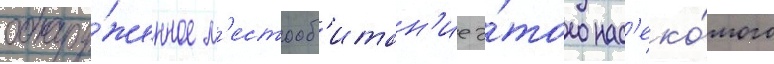
обнару́женное м'естооб'итан'ие э́того нас'еко́мого